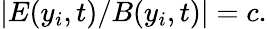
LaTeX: |E(y_{i},t)/B(y_{i},t)|=c.